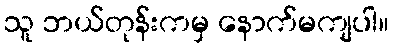
သူ ဘယ်တုန်းကမှ နောက်မကျပါ။